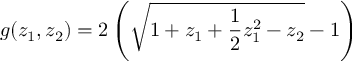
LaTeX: g ( z _ { 1 } , z _ { 2 } ) = 2 \left( \sqrt { 1 + z _ { 1 } + { \frac { 1 } { 2 } } z _ { 1 } ^ { 2 } - z _ { 2 } } - 1 \right)